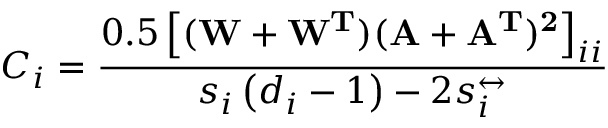
C _ { i } = \frac { 0 . 5 \left[ ( \bf { W } + \bf { W } ^ { T } ) ( \bf { A } + \bf { A } ^ { T } ) ^ { 2 } \right] _ { i i } } { s _ { i } \left( d _ { i } - 1 \right) - 2 s _ { i } ^ { \leftrightarrow } }